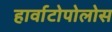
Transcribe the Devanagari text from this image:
हार्वाटोपोलोस